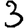
Digit: 3